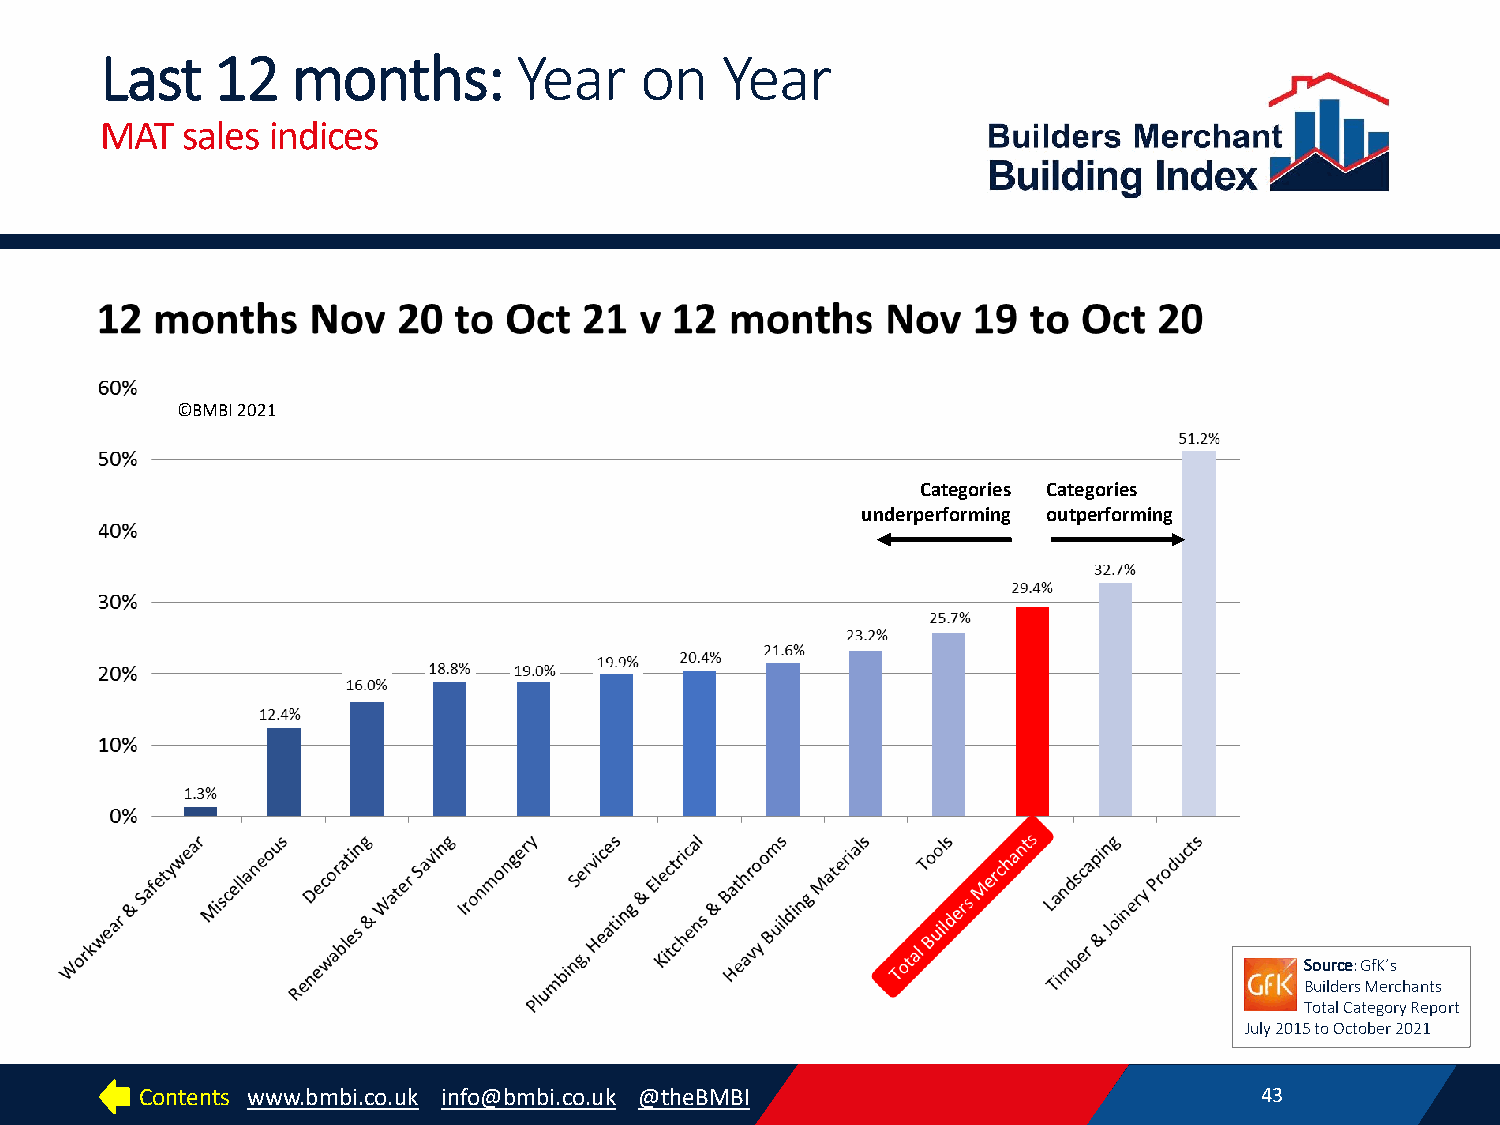
Last   12   months:        Year    on    Year
 MAT  sales indices
 ©BMBI 2021
 Categories Categories
 underperforming outperforming
 Source: GfK’s
 Builders Merchants
 Total Category Report
 July 2015 to October 2021
 Contents www.bmbi.co.uk info@bmbi.co.uk @theBMBI                          43